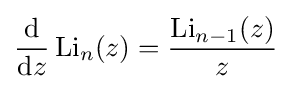
{\frac {\mathrm {d} }{\mathrm {d} z}}\operatorname {Li} _{n}(z)={\frac {\operatorname {Li} _{n-1}(z)}{z}}